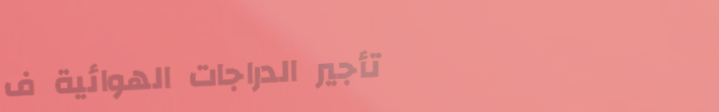
تأجير الدراجات الهوائية ف